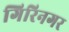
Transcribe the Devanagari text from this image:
गिरिनगर